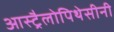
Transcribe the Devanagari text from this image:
आस्ट्रैलोपिथेसीनी